Indian journal of veterinary science and animal husbandry - Volumes 22-23, 1952-1953
Year: 1952
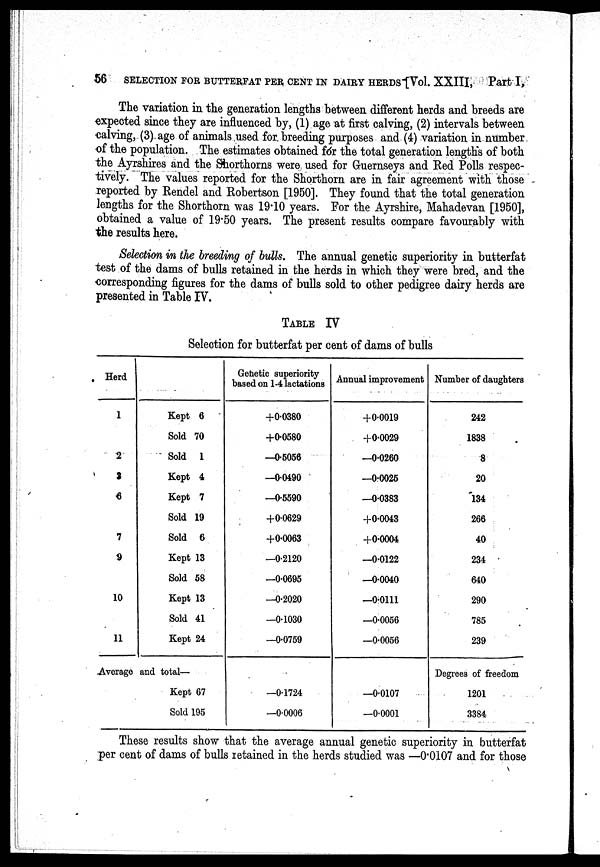
56
SELECTION FOR BUTTERFAT PER CENT IN DAIRY HERDS [Vol. XXIII, Part I,
The variation in the generation lengths between different herds and breeds are
expected since they are influenced by, (1) age at first calving, (2) intervals between
calving, (3) age of animals used for. breeding purposes and (4) variation in number
of the population. The estimates obtained for the total generation lengths of both
the Ayrshires and the Shorthorns were used for Guernseys and Red Polls respec-
tively. The values reported for the Shorthorn are in fair agreement with those
reported by Rendel and Robertson [1950]. They found that the total generation
lengths for the Shorthorn was 19.10 years. For the Ayrshire, Mahadevan [1950],
obtained a value of 19.50 years. The present results compare favourably with
the results here.
Selection in the breeding of bulls. The annual genetic superiority in butterfat
test of the dams of bulls retained in the herds in which they were bred, and the
corresponding figures for the dams of bulls sold to other pedigree dairy herds are
presented in Table IV.
TABLE IV
Selection for butterfat per cent of dams of bulls
Herd
1
2
3
6
7
9
10
11
Average
Kept 6
Sold 70
Sold 1
Kept 4
Kept 7
Sold 19
Sold 6
Kept 13
Sold 58
Kept 13
Sold 41
Kept 24
and total—
Kept 67
Sold 195
Genetic superiority
based on 1-4 lactations
+0.0380
+0.0580
—0.5056
—0.0490
—0.5590
+0.0629
+0.0063
—0.2120
—0.0695
—0.2020
—0.1030
—0.0759
—0.1724
—0.0006
Annual improvement
+0.0019
+0.0029
—0.0260
—0.0025
—0.0383
+0.0043
+0.0004
—0.0122
—0.0040
—0.0111
—0.0056
—0.0056
—0.0107
—0.0001
Number of daughters
242
1838
8
20
134
266
40
234
640
290
785
239
Degrees of freedom
1201
3384
These results show that the average annual genetic superiority in butterfat
per cent of dams of bulls retained in the herds studied was —0.0107 and for those